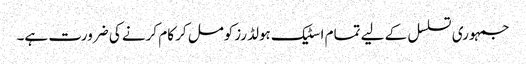
جمہوری تسلسل کے لیے تمام اسٹیک ہولڈرزکومل کر کام کرنے کی ضرورت ہے۔